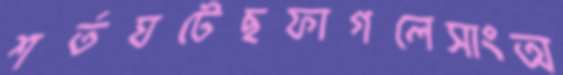
শর্তঘটেছফাগলেসাংঅ